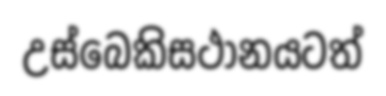
උස්බෙකිසථානයටත්